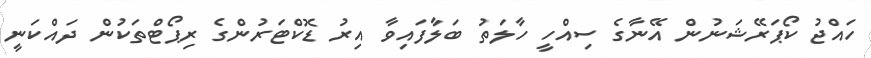
ހައްޖު ކޯޕަރޭޝަނުން އޭނާގެ ސިއްހީ ހާލަތު ބަލާފައިވާ އިރު ޑޮކްޓަރުންގެ ރިޕޯޓްތަކުން ދައްކަނީ